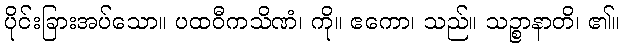
ပိုင်းခြားအပ်သော။ ပထဝီကသိဏံ၊ ကို။ ဧကော၊ သည်။ သဉ္စာနာတိ၊ ၏။